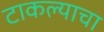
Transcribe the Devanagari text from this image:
टाकल्याचा